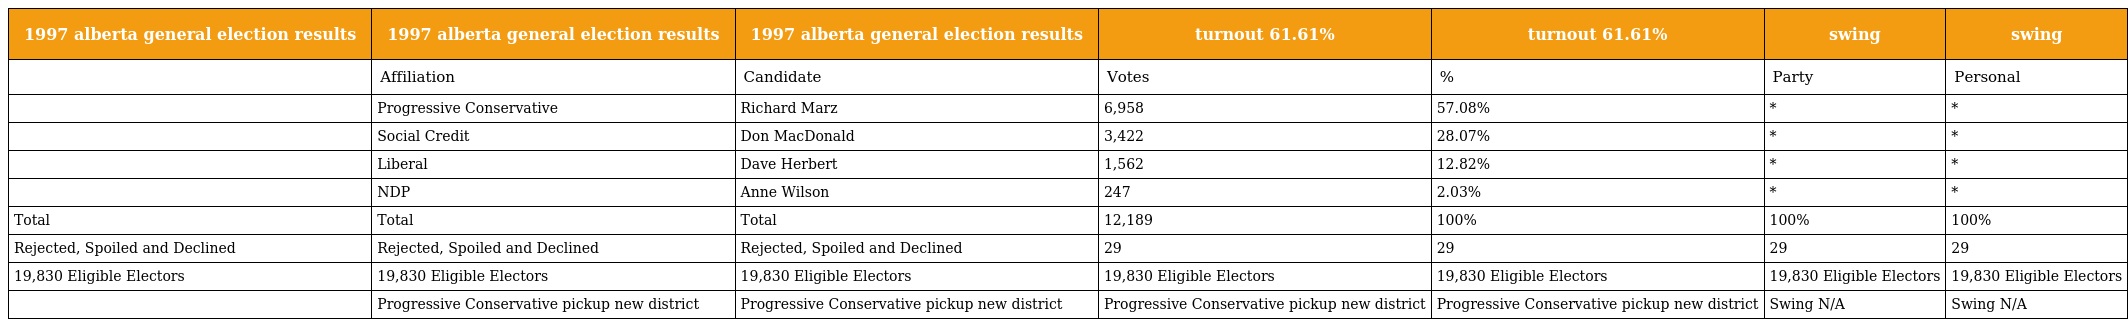
| 1997 alberta general election results | 1997 alberta general election results | 1997 alberta general election results | turnout 61.61% | turnout 61.61% | swing | swing |
 | --- | --- | --- | --- | --- | --- | --- |
 |  | Affiliation | Candidate | Votes | % | Party | Personal |
 |  | Progressive Conservative | Richard Marz | 6,958 | 57.08% | * | * |
 |  | Social Credit | Don MacDonald | 3,422 | 28.07% | * | * |
 |  | Liberal | Dave Herbert | 1,562 | 12.82% | * | * |
 |  | NDP | Anne Wilson | 247 | 2.03% | * | * |
 | Total | Total | Total | 12,189 | 100% | 100% | 100% |
 | Rejected, Spoiled and Declined | Rejected, Spoiled and Declined | Rejected, Spoiled and Declined | 29 | 29 | 29 | 29 |
 | 19,830 Eligible Electors | 19,830 Eligible Electors | 19,830 Eligible Electors | 19,830 Eligible Electors | 19,830 Eligible Electors | 19,830 Eligible Electors | 19,830 Eligible Electors |
 |  | Progressive Conservative pickup new district | Progressive Conservative pickup new district | Progressive Conservative pickup new district | Progressive Conservative pickup new district | Swing N/A | Swing N/A |